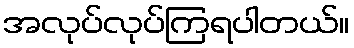
အလုပ်လုပ်ကြရပါတယ်။